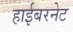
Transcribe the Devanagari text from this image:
हाईबरनेट